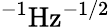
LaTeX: ^{-1}\textrm{Hz}^{-1/2}